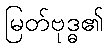
မြတ်ဗုဒ္ဓ၏